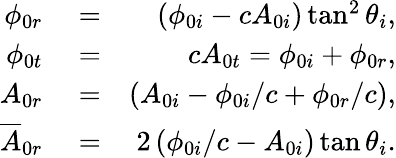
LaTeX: \begin{array}{rlr}{\phi_{0r}}&{{}=}&{\left(\phi_{0i}-cA_{0i}\right)\tan^{2}\theta_{i},}\\ {\phi_{0t}}&{{}=}&{cA_{0t}=\phi_{0i}+\phi_{0r},}\\ {A_{0r}}&{{}=}&{\left(A_{0i}-\phi_{0i}/c+\phi_{0r}/c\right),}\\ {\overline{{A}}_{0r}}&{{}=}&{2\left(\phi_{0i}/c-A_{0i}\right)\tan\theta_{i}.}\end{array}